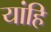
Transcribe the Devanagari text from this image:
यांहि